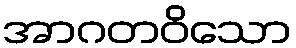
အာဂတဝိသော